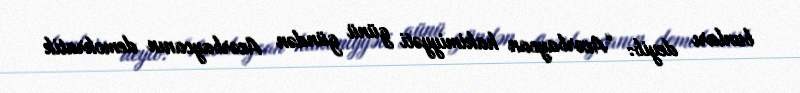
bunları deyib: “Azərbaycan hakimiyyəti günü gündən Azərbaycanın demokratik